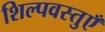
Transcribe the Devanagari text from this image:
शिल्पवस्तुएँ